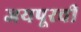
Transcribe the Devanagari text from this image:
जयपूरची